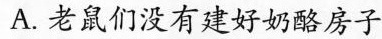
A.老鼠们没有建好奶酪房子